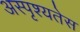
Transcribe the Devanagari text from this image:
अस्पृश्यतेस